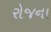
રોજના